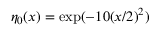
\eta _ { 0 } ( x ) = \exp ( - 1 0 ( x / 2 ) ^ { 2 } )